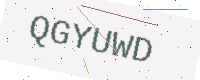
Text: QGYUWD